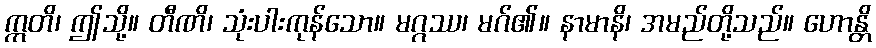
ဣတိ၊ ဤသို့။ တီဏိ၊ သုံးပါးကုန်သော။ မဂ္ဂဿ၊ မဂ်၏။ နာမာနိ၊ အမည်တို့သည်။ ဟောန္တိ